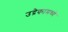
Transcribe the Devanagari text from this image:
उद्रेकामध्ये